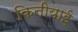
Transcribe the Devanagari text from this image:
किनीयाई